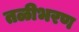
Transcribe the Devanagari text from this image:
तळीभरण